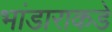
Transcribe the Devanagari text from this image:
भांडाराकडे